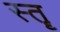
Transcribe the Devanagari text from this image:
स्‍तॄ